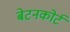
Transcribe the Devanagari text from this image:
बेटनकोर्ट